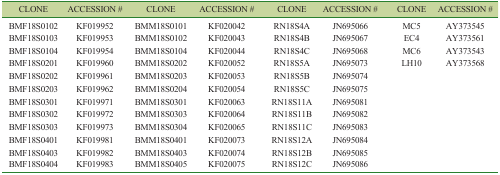
<table><thead><tr><td><b>CLONE</b></td><td><b>ACCESSION #</b></td><td><b>CLONE</b></td><td><b>ACCESSION #</b></td><td><b>CLONE</b></td><td><b>ACCESSION #</b></td><td><b>CLONE</b></td><td><b>ACCESSION #</b></td></tr></thead><tbody><tr><td>BMF18S0102</td><td>KF019952</td><td>BMM18S0101</td><td>KF020042</td><td>RN18S4A</td><td>JN695066</td><td>MC5</td><td>AY373545</td></tr><tr><td>BMF18S0103</td><td>KF019953</td><td>BMM18S0102</td><td>KF020043</td><td>RN18S4B</td><td>JN695067</td><td>EC4</td><td>AY373561</td></tr><tr><td>BMF18S0104</td><td>KF019954</td><td>BMM18S0104</td><td>KF020044</td><td>RN18S4C</td><td>JN695068</td><td>MC6</td><td>AY373543</td></tr><tr><td>BMF18S0201</td><td>KF019960</td><td>BMM18S0202</td><td>KF020052</td><td>RN18S5A</td><td>JN695073</td><td>LH10</td><td>AY373568</td></tr><tr><td>BMF18S0202</td><td>KF019961</td><td>BMM18S0203</td><td>KF020053</td><td>RN18S5B</td><td>JN695074</td><td></td><td></td></tr><tr><td>BMF18S0203</td><td>KF019962</td><td>BMM18S0204</td><td>KF020054</td><td>RN18S5C</td><td>JN695075</td><td></td><td></td></tr><tr><td>BMF18S0301</td><td>KF019971</td><td>BMM18S0301</td><td>KF020063</td><td>RN18S11A</td><td>JN695081</td><td></td><td></td></tr><tr><td>BMF18S0302</td><td>KF019972</td><td>BMM18S0303</td><td>KF020064</td><td>RN18S11B</td><td>JN695082</td><td></td><td></td></tr><tr><td>BMF18S0303</td><td>KF019973</td><td>BMM18S0304</td><td>KF020065</td><td>RN18S11C</td><td>JN695083</td><td></td><td></td></tr><tr><td>BMF18S0401</td><td>KF019981</td><td>BMM18S0401</td><td>KF020073</td><td>RN18S12A</td><td>JN695084</td><td></td><td></td></tr><tr><td>BMF18S0403</td><td>KF019982</td><td>BMM18S0403</td><td>KF020074</td><td>RN18S12B</td><td>JN695085</td><td></td><td></td></tr><tr><td>BMF18S0404</td><td>KF019983</td><td>BMM18S0405</td><td>KF020075</td><td>RN18S12C</td><td>JN695086</td><td></td><td></td></tr></tbody></table>